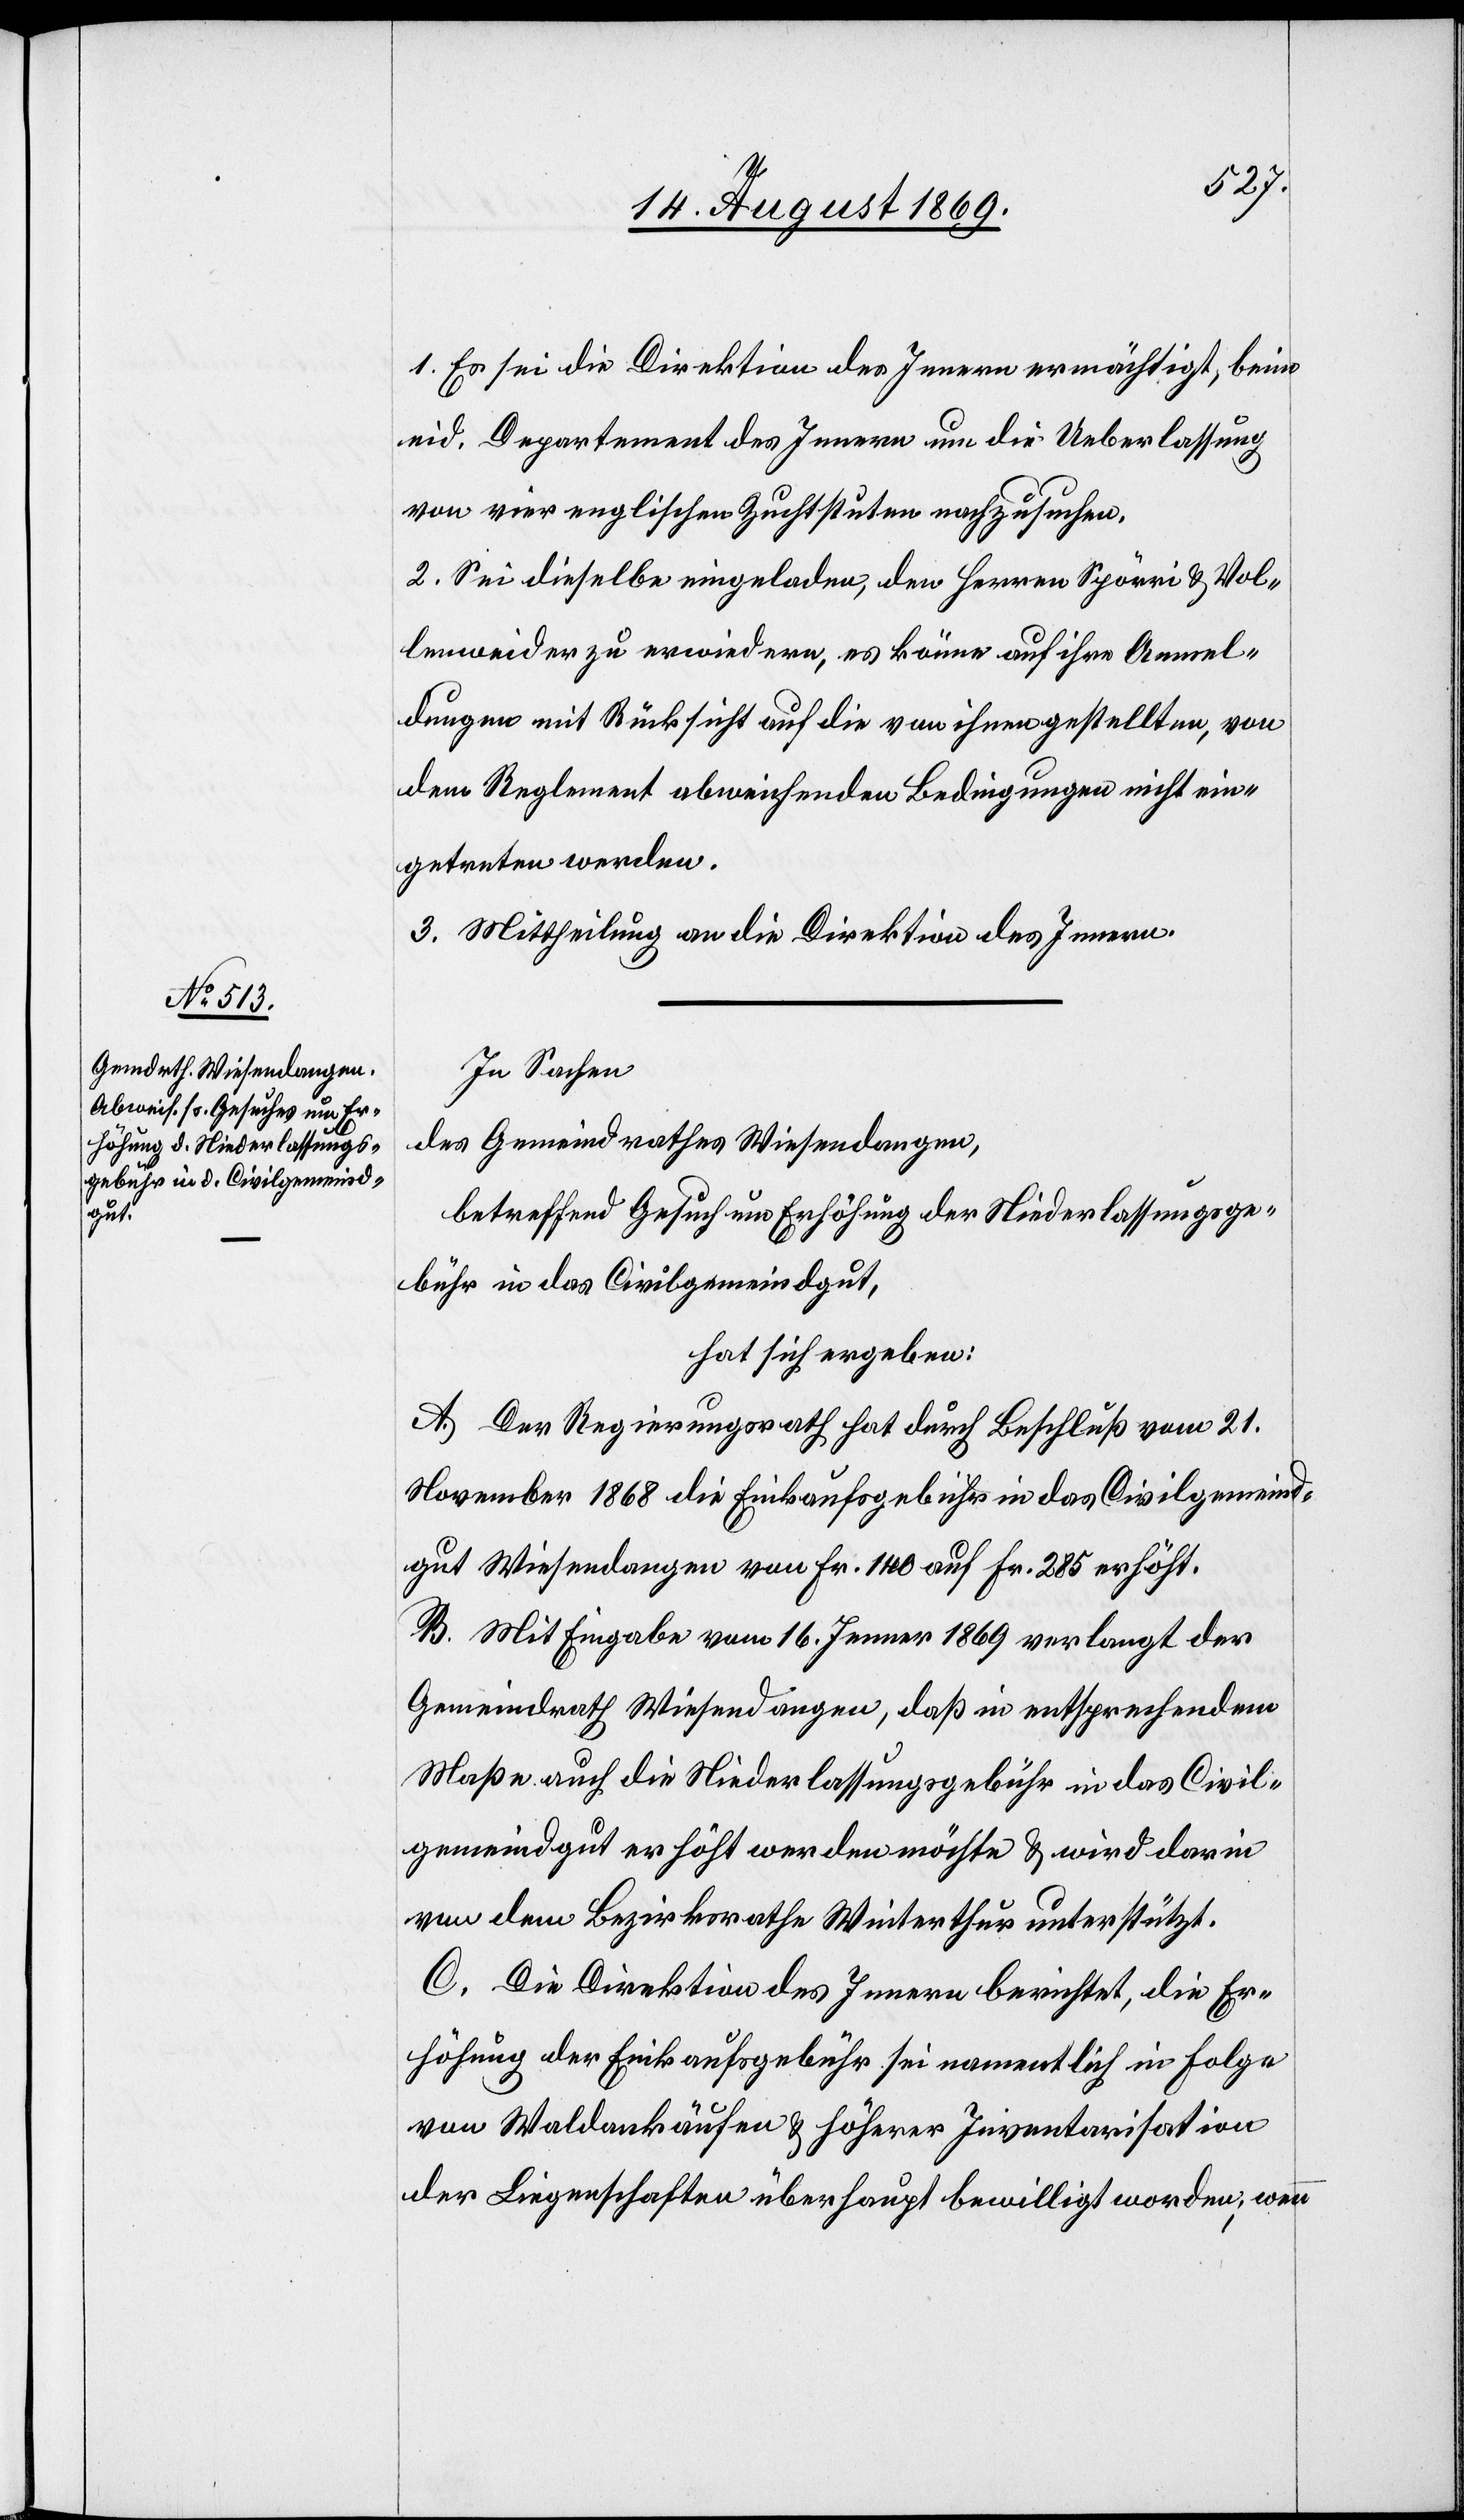
1. Es sei die Direktion des Innern ermächtigt, beim
eid. Departement des Innern um die Ueberlassung
von vier englischen Zuchtstuten nachzusuchen.
2. Sei dieselbe eingeladen, den Herren Spörri & Vol¬
lenweider zu erwiedern, es könne auf ihre Anmel¬
dungen mit Rücksicht auf die von ihnen gestellten, von
dem Reglement abweichenden Bedingungen nicht ein¬
getreten werden.
3. Mittheilung an die Direktion des Innern.
In Sachen
des Gemeindrathes Wiesendangen,
betreffend Gesuch um Erhöhung der Niederlassungsge¬
bühr in das Civilgemeindgut,
hat sich ergeben:
A. Der Regierungsrath hat durch Beschluß vom 21.
November 1868 die Einkaufsgebühr in das Civilgemeind¬
gut Wiesendangen von Fr. 140 auf Fr. 285 erhöht.
B. Mit Eingabe vom 16. Jenner 1869 verlangt der
Gemeindrath Wiesendangen, daß in entsprechendem
Maße auch die Niederlassungsgebühr in das Civil¬
gemeindgut erhöht werden möchte & wird darin
von dem Bezirksrathe Winterthur unterstützt.
C. Die Direktion des Innern berichtet, die Er¬
höhung der Einkaufsgebühr sei namentlich in Folge
von Waldankäufen & höherer Inventarisation
der Liegenschaften überhaupt bewilligt worden; wenn